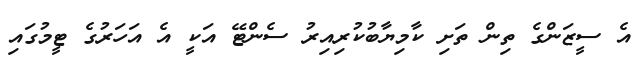
އެ ސީޒަންގެ ތިން ތަށި ކާމިޔާބުކުރިއިރު ސެންޓޭ އަކީ އެ އަހަރުގެ ޓީމުގައި